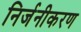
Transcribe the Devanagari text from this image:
निर्जनीकरण